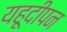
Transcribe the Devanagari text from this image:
यहूदीपन